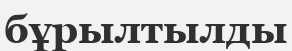
бұрылтылды